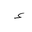
Letter: _hamza